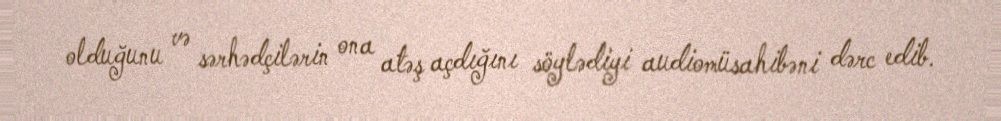
olduğunu və sərhədçilərin ona atəş açdığını söylədiyi audiomüsahibəni dərc edib.